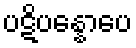
ပဋိပန္နောပေ